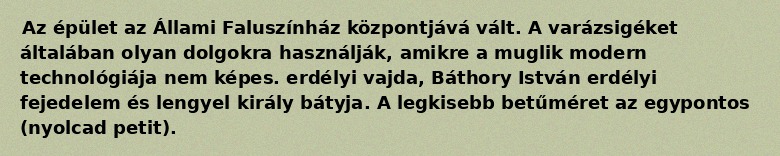
Az épület az Állami Faluszínház központjává vált. A varázsigéket általában olyan dolgokra használják, amikre a muglik modern technológiája nem képes. erdélyi vajda, Báthory István erdélyi fejedelem és lengyel király bátyja. A legkisebb betűméret az egypontos (nyolcad petit).